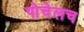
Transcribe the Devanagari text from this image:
पोचेलच